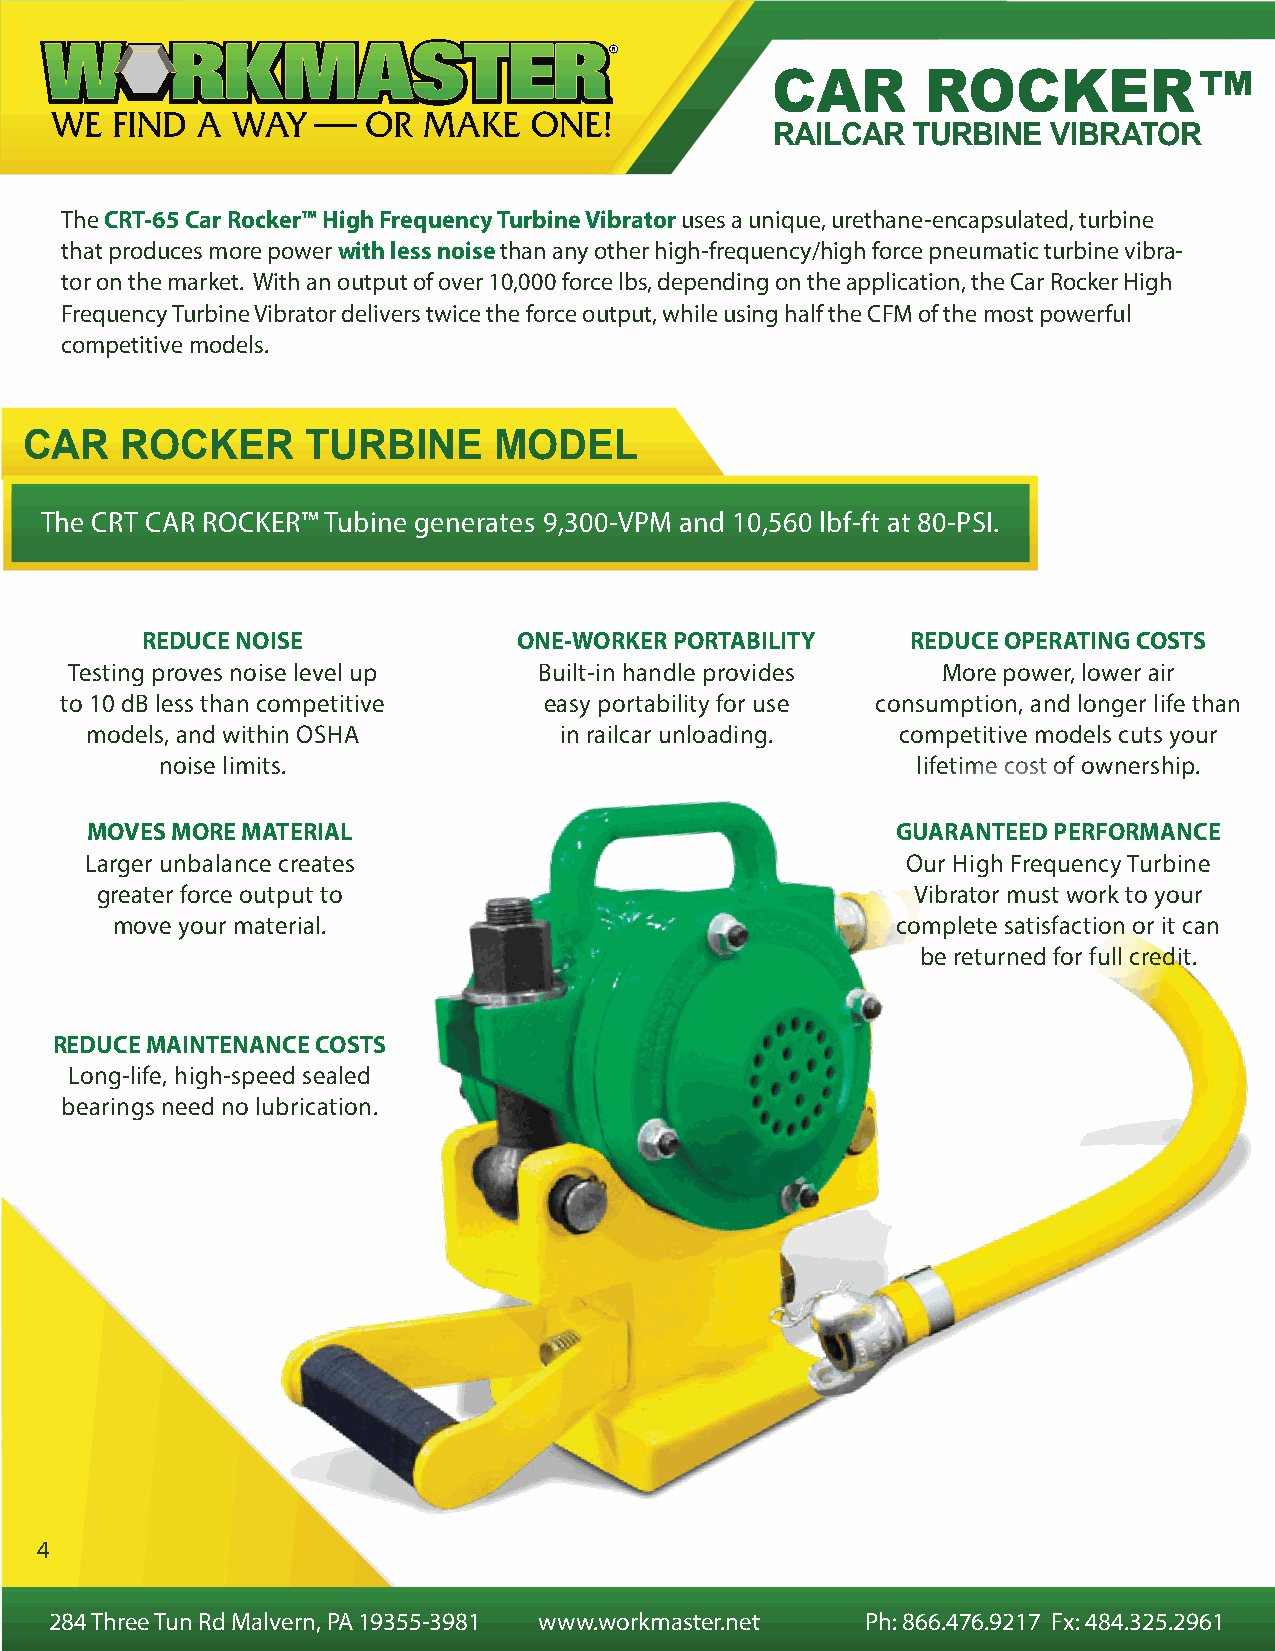
CAR       ROCKER™
 RAILCAR  TURBINE   VIBRATOR
 The CRT-65 Car Rocker™ High Frequency Turbine Vibrator uses a unique, urethane-encapsulated, turbine
 that produces more power with less noise than any other high-frequency/high force pneumatic turbine vibra-
 tor on the market. With an output of over 10,000 force lbs, depending on the application, the Car Rocker High
 Frequency Turbine Vibrator delivers twice the force output, while using half the CFM of the most powerful
 competitive models.
 CAR    ROCKER      TURBINE      MODEL
 The CRT CAR ROCKER™ Tubine generates 9,300-VPM and 10,560 lbf-ft at 80-PSI.
 REDUCE NOISE             ONE-WORKER PORTABILITY    REDUCE OPERATING COSTS
 Testing proves noise level up   Built-in handle provides  More power, lower air
 to 10 dB less than competitive  easy portability for use consumption, and longer life than
 models, and within OSHA        in railcar unloading.  competitive models cuts your
 noise limits.                                     lifetime cost of ownership.
 MOVES MORE MATERIAL                                  GUARANTEED PERFORMANCE
 Larger unbalance creates                              Our High Frequency Turbine
 greater force output to                                Vibrator must work to your
 move your material.                                 complete satisfaction or it can
 be returned for full credit.
 REDUCE MAINTENANCE COSTS
 Long-life, high-speed sealed
 bearings need no lubrication.
 4
 284 Three Tun Rd Malvern, PA 19355-3981 www.workmaster.net Ph: 866.476.9217 Fx: 484.325.2961